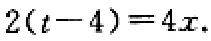
\(2(t - 4)=4x\)